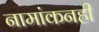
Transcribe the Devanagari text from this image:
नामांकनही